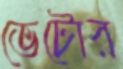
ভেটোর